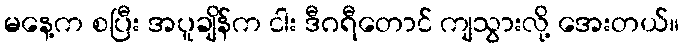
မနေ့က စပြီး အပူချိန်က ငါး ဒီဂရီတောင် ကျသွားလို့ အေးတယ်။